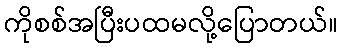
ကိုစစ်အပြီးပထမလို့ပြောတယ်။